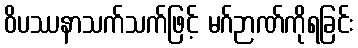
ဝိပဿနာသက်သက်ဖြင့် မဂ်ဉာဏ်ကိုရခြင်း